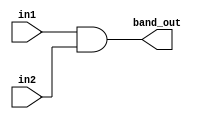
module bitwise_and(in1, in2, band_out);
parameter size = 4;
input [size-1:0] in1, in2;
output [size-1:0] band_out;

assign band_out = in1 & in2;

endmodule